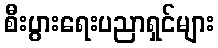
စီးပွားရေးပညာရှင်များ